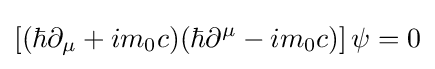
\left[(\hbar \partial _{\mu }+im_{0}c)(\hbar \partial ^{\mu }-im_{0}c)\right]\psi =0